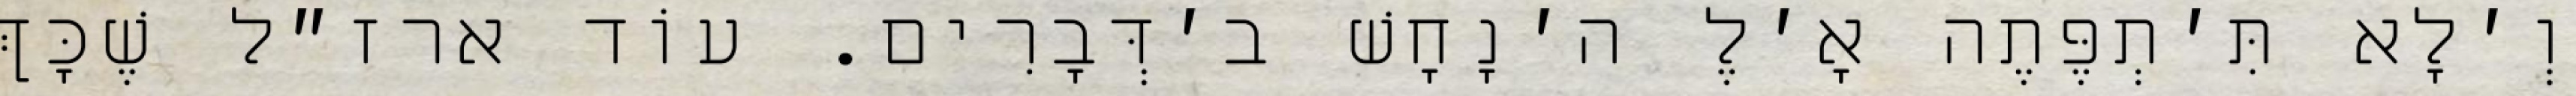
וְ׳לָא תִּ׳תְפֶּתֶה אָ׳לֶ ה׳נָחָשׁ ב׳דְּבָרִים. עוֹד ארז״ל שֶׁכָּךְ